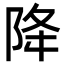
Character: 降